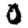
Digit: 0